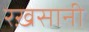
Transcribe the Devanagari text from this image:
रख़सानी